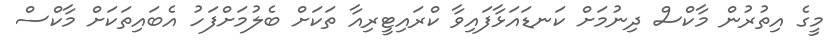
މީގެ އިތުރުން މާކްސް ދިނުމަށް ކަނޑައަޅާފައިވާ ކްރައިޓީރިއާ ތަކަށް ބެލުމަށްފަހު އެބައިތަކަށް މާކްސް